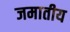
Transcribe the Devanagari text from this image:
जमातीय